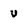
Character: U